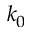
k _ { 0 }